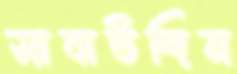
সাবাউদ্দিন